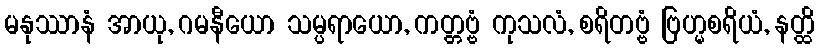
မနုဿာနံ အာယု, ဂမနီယော သမ္ပရာယော, ကတ္တဗ္ဗံ ကုသလံ, စရိတဗ္ဗံ ဗြဟ္မစရိယံ, နတ္ထိ